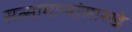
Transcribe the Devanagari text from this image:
सत्सामान्यांसारखे